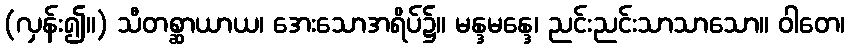
(လှန်း၍။) သီတစ္ဆာယာယ၊ အေးသောအရိပ်၌။ မန္ဒမန္ဒေ၊ ညင်းညင်းသာသာသော။ ဝါတေ၊